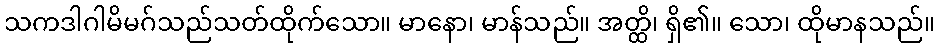
သကဒါဂါမိမဂ်သည်သတ်ထိုက်သော။ မာနော၊ မာန်သည်။ အတ္ထိ၊ ရှိ၏။ သော၊ ထိုမာနသည်။